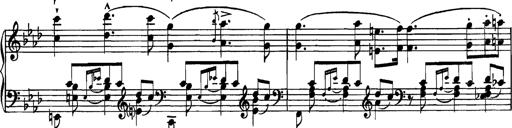
Title: Grandes Etudes
Composer: Franz Liszt